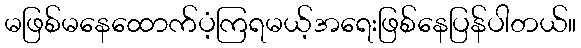
မဖြစ်မနေထောက်ပံ့ကြရမယ့်အရေးဖြစ်နေပြန်ပါတယ်။